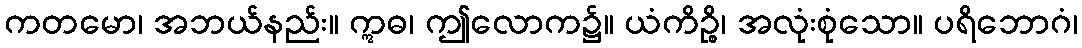
ကတမော၊ အဘယ်နည်း။ ဣဓ၊ ဤလောက၌။ ယံကိဉ္စိ၊ အလုံးစုံသော။ ပရိဘောဂံ၊